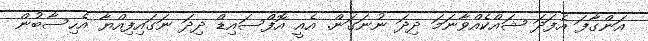
އަންގާފަ އެފަދަ ޝައްކެއްވާނަމަ ދިދަ ނުނަގަން. އެއީ އޮފްސައިޑް ދިދަ ނަގައިފިއްޔާ އެހިސާބުން